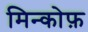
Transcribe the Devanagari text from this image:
मिन्कोफ़